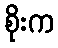
စိုးက